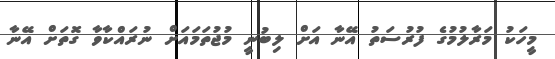
މީހަކު މަރާލުމުގެ ފުރުސަތު އޭނާ އަށް ލިބުނީ މުޖުތަމައަށް ނުރައްކާވާ ގޮތަށް އޭނާ